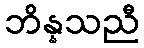
ဘိန္နသညီ